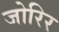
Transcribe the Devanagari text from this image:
जोरिर